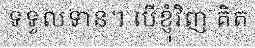
ទទួលទាន។ បើខ្ញុំវិញ គិត